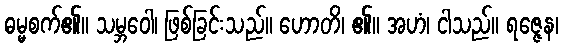
ဓမ္မစက်၏။ သမ္ဘဝေါ၊ ဖြစ်ခြင်းသည်။ ဟောတိ၊ ၏။ အဟံ၊ ငါသည်။ ရဇ္ဇေန၊